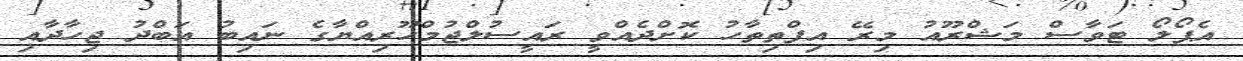
އެޕޯލޯ ޓަވާސް މަޝްރޫއު މިރޭ އިފްތިތާހު ކޮށްދެއްވީ ރައީސުލްޖުމްހޫރިއްޔާގެ ނައިބު އަބްދު ޖިހާދާއި